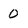
Character: 0